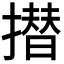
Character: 𭢗